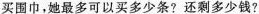
买围巾，她最多可以买多少条?还剩多少钱?